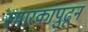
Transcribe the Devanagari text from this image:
स्मारकापुढून